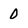
Character: 0